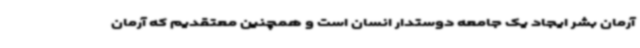
آرمان بشر ایجاد یک جامعه دوستدار انسان است و همچنین معتقدیم که آرمان